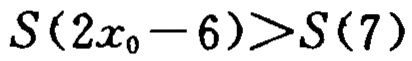
\(S(2x_{0}-6)>S(7)\)